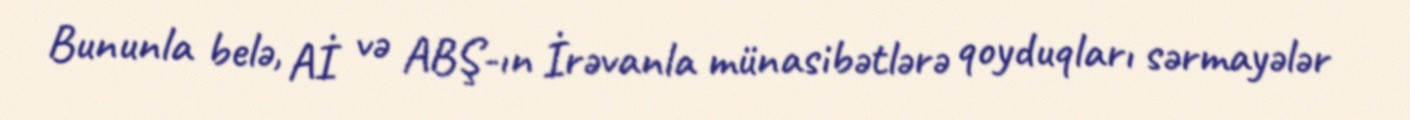
Bununla belə, Aİ və ABŞ-ın İrəvanla münasibətlərə qoyduqları sərmayələr